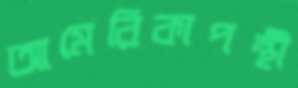
আমেরিকাপন্থী